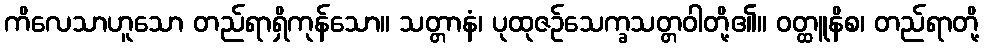
ကိလေသာဟူသော တည်ရာရှိကုန်သော။ သတ္တာနံ၊ ပုထုဇဉ်သေက္ခသတ္တဝါတို့၏။ ဝတ္ထူနိစ၊ တည်ရာတို့